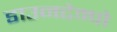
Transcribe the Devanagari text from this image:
डाउनटेम्पो